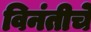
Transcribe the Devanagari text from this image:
विनंतीचे